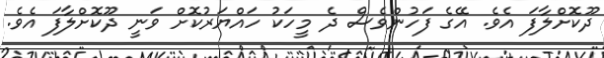
ދޫކޮށްލާފަ އެވެ. އޭގެ ފަހުންވެސް ދެ މީހަކު ހައްޔަރުކޮށް ވަނީ ދޫކޮށްލާފަ އެވެ.